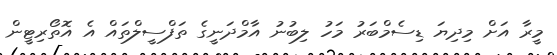
މީރާ އަށް މިދިޔަ ޑިސެމްބަރު މަހު ލިބުނު އާމްދަނީގެ ތަފްސީލްތައް އެ އޮތޯރިޓީން